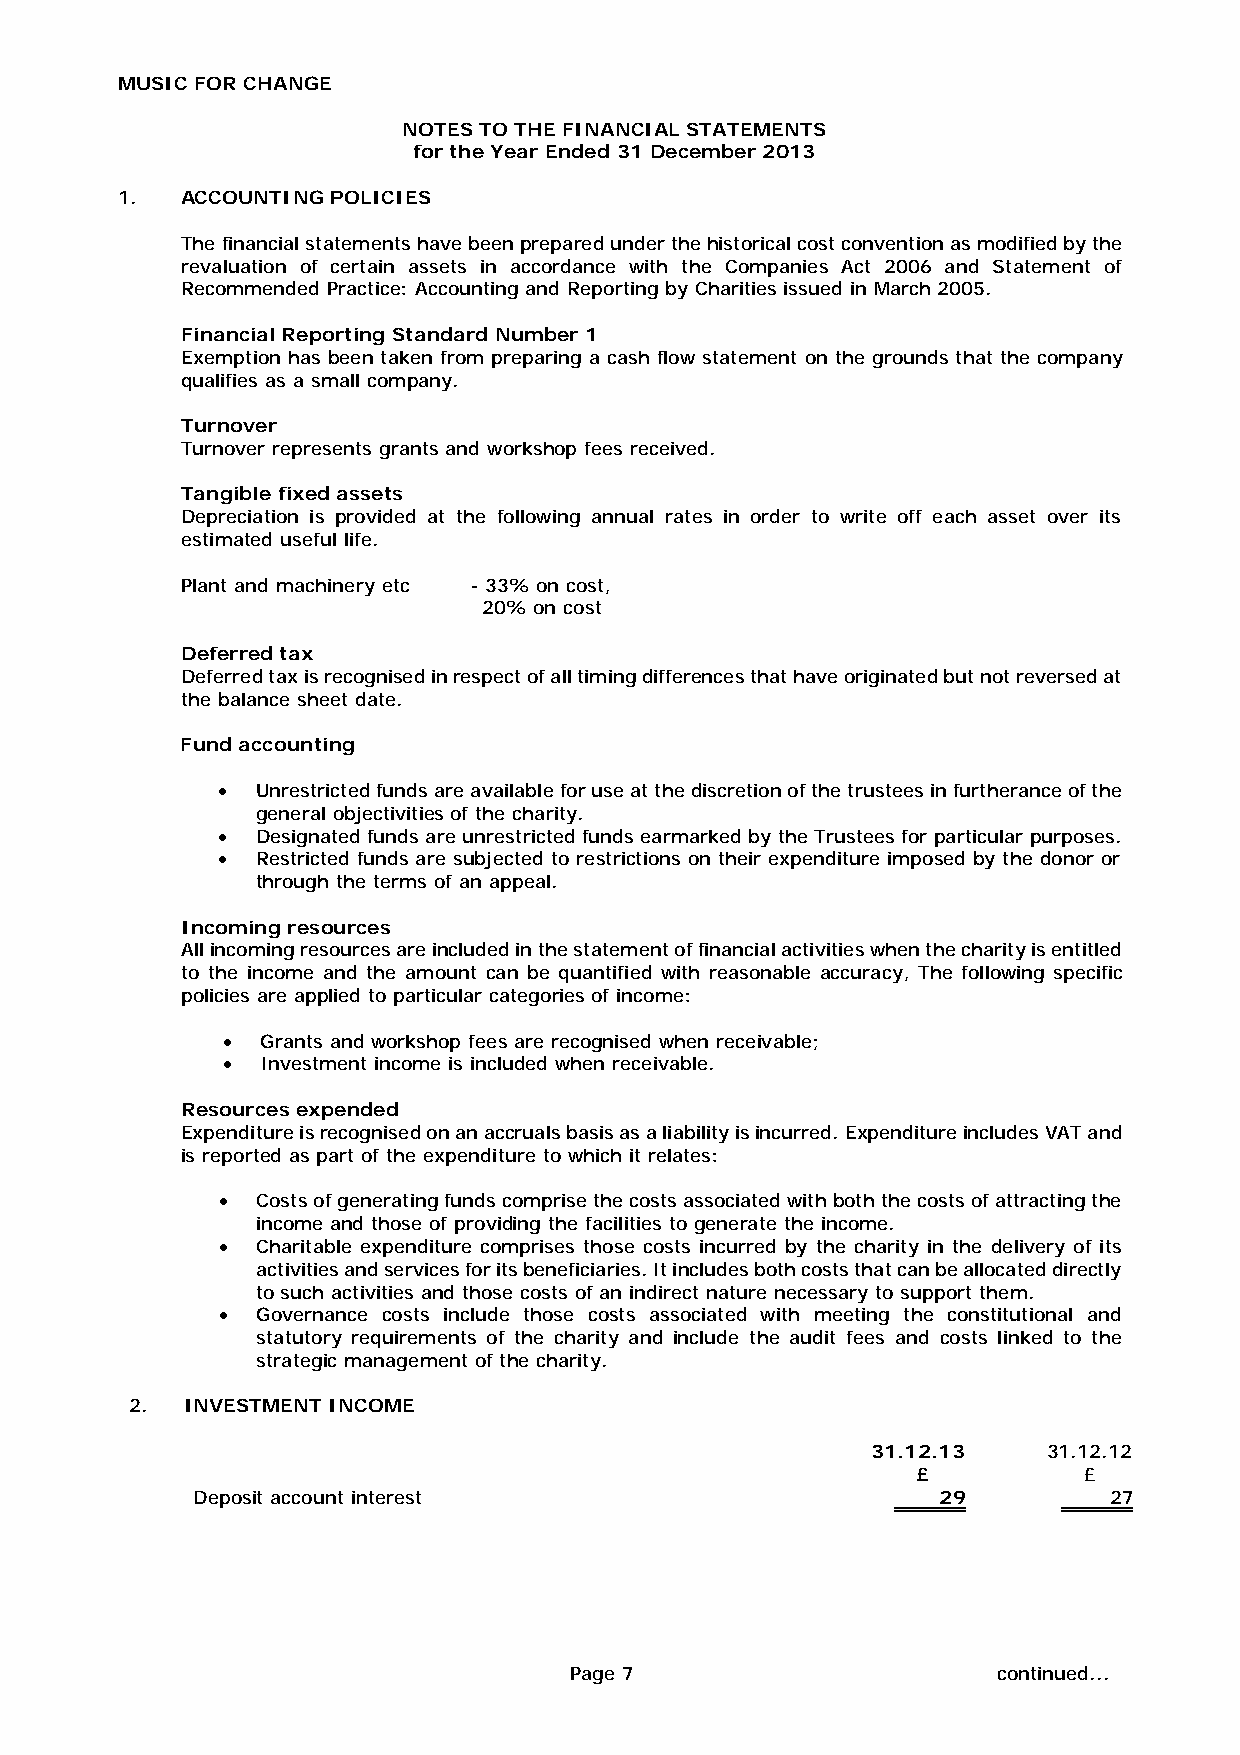
MUSIC FOR CHANGE
 NOTES TO THE FINANCIAL STATEMENTS
 for the Year Ended 31 December 2013
 1.  ACCOUNTING POLICIES
 The financial statements have been prepared under the historical cost convention as modified by the
 revaluation of certain assets in accordance with the Companies Act 2006 and Statement of
 Recommended Practice: Accounting and Reporting by Charities issued in March 2005.
 Financial Reporting Standard Number 1
 Exemption has been taken from preparing a cash flow statement on the grounds that the company
 qualifies as a small company.
 Turnover
 Turnover represents grants and workshop fees received.
 Tangible fixed assets
 Depreciation is provided at the following annual rates in order to write off each asset over its
 estimated useful life.
 Plant and machinery etc - 33% on cost,
 20% on cost
 Deferred tax
 Deferred tax is recognised in respect of all timing differences that have originated but not reversed at
 the balance sheet date.
 Fund accounting
 •  Unrestricted funds are available for use at the discretion of the trustees in furtherance of the
 general objectivities of the charity.
 •  Designated funds are unrestricted funds earmarked by the Trustees for particular purposes.
 •  Restricted funds are subjected to restrictions on their expenditure imposed by the donor or
 through the terms of an appeal.
 Incoming resources
 All incoming resources are included in the statement of financial activities when the charity is entitled
 to the income and the amount can be quantified with reasonable accuracy, The following specific
 policies are applied to particular categories of income:
 • Grants and workshop fees are recognised when receivable;
 • Investment income is included when receivable.
 Resources expended
 Expenditure is recognised on an accruals basis as a liability is incurred. Expenditure includes VAT and
 is reported as part of the expenditure to which it relates:
 •  Costs of generating funds comprise the costs associated with both the costs of attracting the
 income and those of providing the facilities to generate the income.
 •  Charitable expenditure comprises those costs incurred by the charity in the delivery of its
 activities and services for its beneficiaries. It includes both costs that can be allocated directly
 to such activities and those costs of an indirect nature necessary to support them.
 •  Governance costs include those costs associated with meeting the constitutional and
 statutory requirements of the charity and include the audit fees and costs linked to the
 strategic management of the charity.
 2. INVESTMENT INCOME
 31.12.13   31.12.12
 £          £
 Deposit account interest                         29         27
 Page 7 continued...